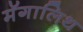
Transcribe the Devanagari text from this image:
मॅगालिथ